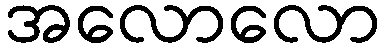
အလောလော